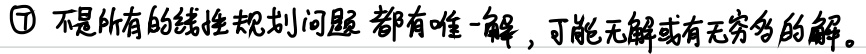
\textcircled{1} 不是所有的线性规划问题都有唯一解，可能无解或有无穷多的解。